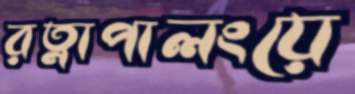
রত্নাপালংয়ে